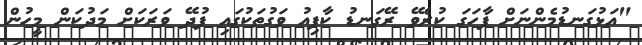
"އަޅުގަނޑުމެންނަށް ފާހަަގަ ކުރެވޭ ރޭގަނޑު ކާފިއު ވަގުތަކުގައި ފުދޭ ވަރަކަށް މަދުކަން މީހުން